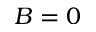
B = 0